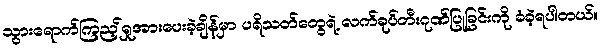
သွားရောက်ကြည့်ရှုအားပေးခဲ့ချိန်မှာ ပရိသတ်တွေရဲ့ လက်ခုပ်တီးဂုဏ်ပြုခြင်းကို ခံခဲ့ရပါတယ်။